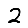
Digit: 2